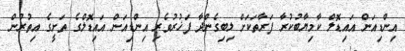
އިންޑިއަން އައިޑޮލް ކާމިޔާބުކުރާ ފަރާތަކަށް ލިބިގެންދާ ފަޚުރުވެރި އިންޑިއަން އައިޑޮލްގެ ތަށީގެ އިތުރުން